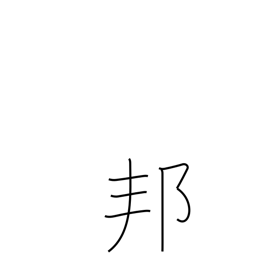
Meaning: Japan